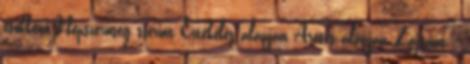
csökkenő Népszerűség szerint Értékelés alapján Áresés alapján Zajszint :